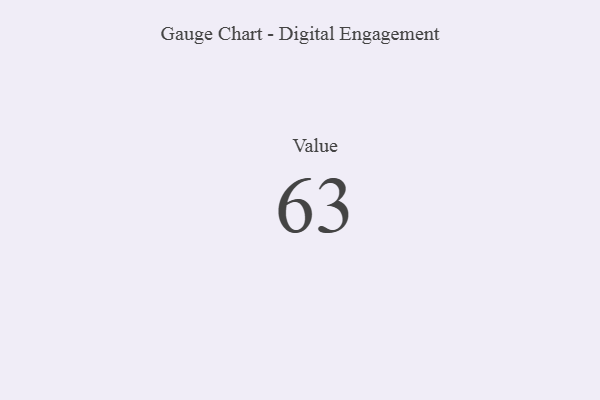
{"axis": {"x": "Metric", "y": "Value"}, "legend": [""], "data": [{"x": "Value", "y": 63, "type": ""}]}